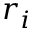
r _ { i }